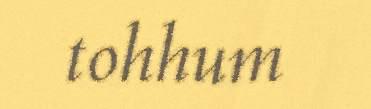
tohhum